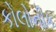
કોલોનીક